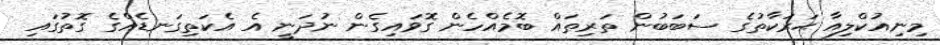
މިނިއުކްލިއާ ޙަރަކާތުގެ ސަބަބުން ތަރިތައް ބޮމެއްހެން ގޮވައިގެން ނުދަނީ އެ އެކަތިގަނޑެއްގެ ގޮތުގައި